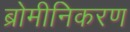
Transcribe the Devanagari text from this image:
ब्रोमीनिकरण